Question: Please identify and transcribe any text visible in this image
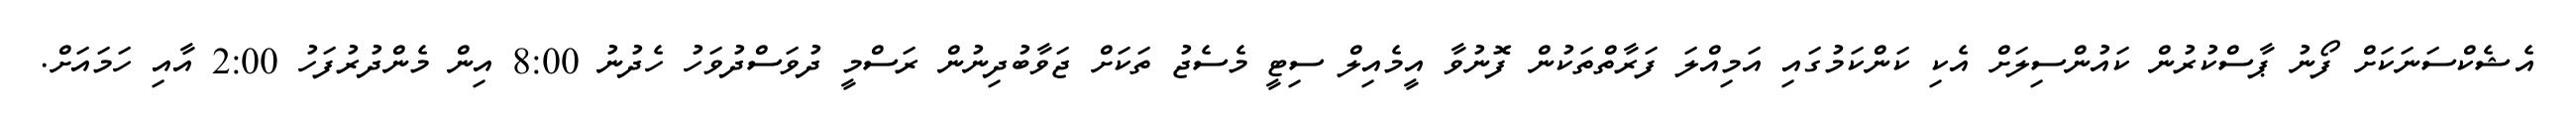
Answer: އެޝެކްސަނަކަށް ފޯނު ޕާސްކުރުން ކައުންސިލަށް އެކި ކަންކަމުގައި އަމިއްލަ ފަރާތްތަކުން ފޮނުވާ އީމެއިލް ސިޓީ މެސެޖު ތަކަށް ޖަވާބުދިނުން ރަސްމީ ދުވަސްދުވަހު ހެދުނު 8:00 އިން މެންދުރުފަހު 2:00 އާއި ހަމައަށް.